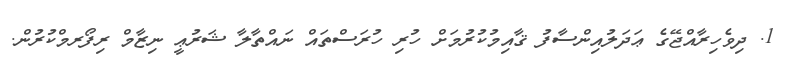
1. ދިވެހިރާއްޖޭގެ ޢަދަލުއިންސާފު ޤާއިމުކުރުމަށް ހުރި ހުރަސްތައް ނައްތާލާ ޝަރުޢީ ނިޒާމް ރިފޯރމްކުރުން.